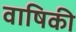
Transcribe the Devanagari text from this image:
वाषिकी